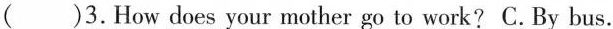
()3.Howdoes your mother go to work?C.By bus.